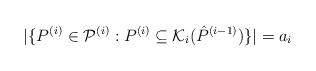
LaTeX: \begin{align*}|\{P^{(i)}\in \mathcal{P}^{(i)}: P^{(i)}\subseteq \mathcal{K}_i(\hat{P}^{(i-1)})\}|=a_i\end{align*}